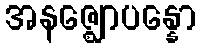
အနဇ္ဈောပန္နော